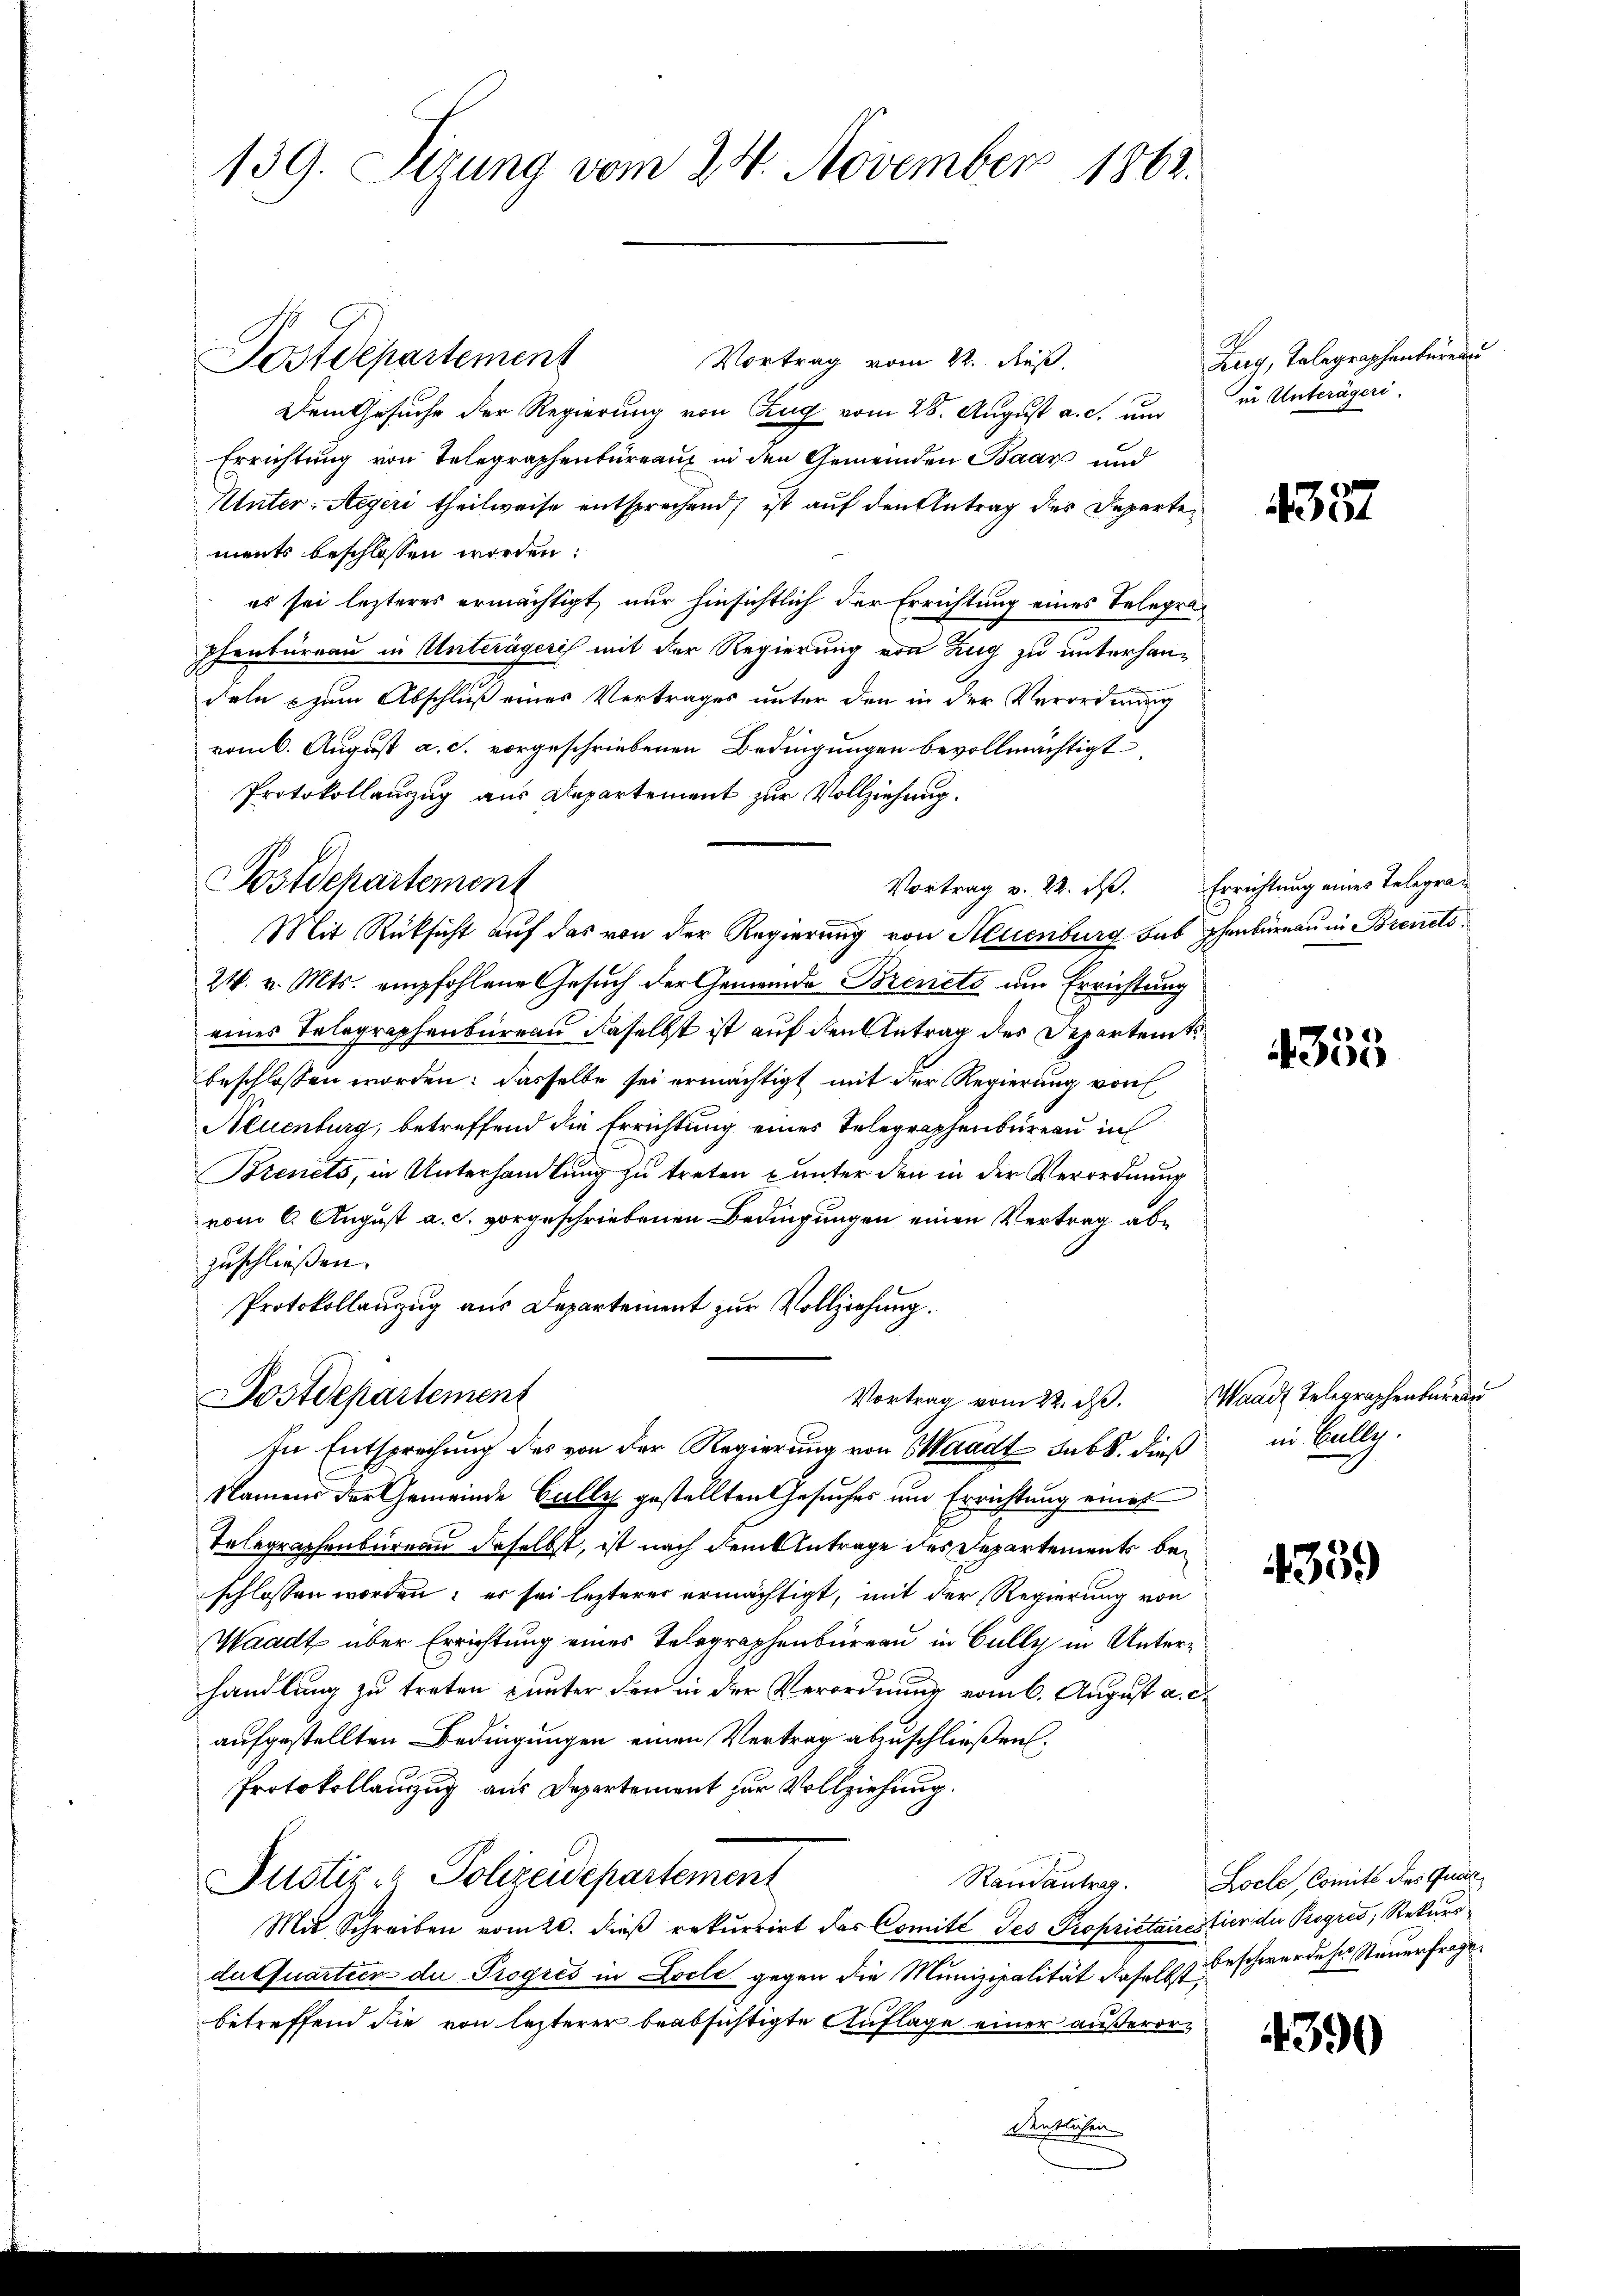
139. Sizung vom 24. November 1862.

Vortrag vom 22. Fuß.
Postdepartement
Dem Gesuche der Regierung von Zug vom 28. August a. c. und
Errichtung von Telegraphenbüreaux in den Gemeinden Baar und
Unter-Aegeri theilweise entsprechend, ist auf den Antrag des Departements beschlossen worden:
es sei lezteres ermächtigt, nur hinsichtlich der Errichtung eines Telepräphenbureau in Unterägeris mit der Regierung von Zug zu unterhandeln zum Abschluß eines Vertrages unter den in der Verordnung
romb. August a. c. vorgeschriebenen Bedingungen bevollmächtigt
Protokollauszug aus Departement zur Vollziehung.
Mit Rücksicht auf das von der Regierung von Altenburg sub phenbüreau in Brendts¬
24. v. Mts. empfohlene Gesuch der Gemeinde Brenets um Errichtung
eines Telegraphenbureau daselbst ist auf den Antrag des Departent
beschlossen worden: dasselbe sei ermächtigt, mit der Regierung von
Neuenburg, betreffend die Errichtung eines Telegraphenbureau in
Brinets, in Unterhandlung zu treten unter den in der Verordnung
vom 6. August a. c. vorgeschriebenen Bedingungen einen Vertrag abe
zuschließen.
Protokollanzug aus Departement zur Vollziehung.
Postdepartement
Vortrag vom 22. d. Waadt Telegraphenburea
In Entsprechung des von der Regierung von Waadt sub b. dieß
Namen der Gemeinde Galle gestellten Gesuches und Errichtung eines
Telegraphenbureau daselbst, ist nach dem Antrage des Departements beschlossen worden; er sei lezterer ermächtigt, mit der Regierung von
Waadt über Errichtung eines Telegraphenbüreau in Gully in Unterhandlung zu treten unter den in der Verordnung vom 6. August a. c.
aufgestellten Bedingungen einen Vertrag abzuschließen.
Protokollauszug aus Departement zur Vollziehung.
Justiz- & Polizeidepartement
Mit Schreiben vom 20. dieß rekurrirt das Comité des Propriétairestier der Progres, Rekurs
de Quartica di Progres in Locle gegen die Munizipalität daselbst,
betreffend die von lezterer beabsichtigte Auflage einer außeror¬
 entlichen

Postdepartement

Zug, Tolegraphenbureau
in Unterägeri.

4357

Vortrag v. 22. ds. Errichtung eines Telegra¬

4335

in Bally.

4359

Randantrag. Loele, Comitt des Qual
beschwerdehes Steuerfrage

4390